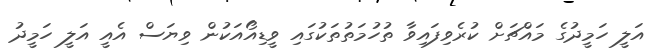
އަލީ ހަމީދުގެ މައްޗަށް ކުރެވިފައިވާ ތުހުމަތުތަކުގައި ވީޑިއޯއަކުން ވިޔަސް އެއީ އަލީ ހަމީދު